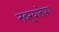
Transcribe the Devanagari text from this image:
नवर्‍यानेपण